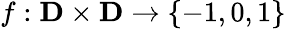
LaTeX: f:\mathbf{D}\times\mathbf{D}\rightarrow\lbrace-1,0,1\rbrace